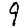
Digit: 9